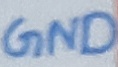
Text: GND